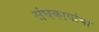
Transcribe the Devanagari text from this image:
संघकार्याचा